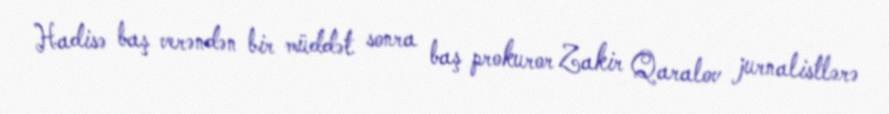
Hadisə baş verəndən bir müddət sonra baş prokuror Zakir Qaralov jurnalistlərə